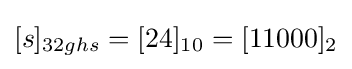
[s]_{32ghs}=[24]_{10}=[11000]_{2}